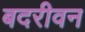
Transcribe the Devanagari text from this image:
बदरीवन